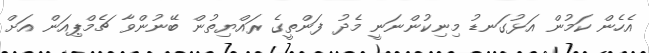
އެހެން ކަމުން އަޅުގަނޑު މިނިކުންނަނީ މެދު ފަންތީގެ ރައްޔިތުން ބޭނުންވާ ޗެމްޕިއަން އަށް